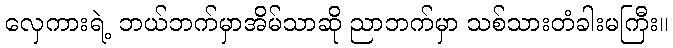
လှေကားရဲ့ ဘယ်ဘက်မှာအိမ်သာဆို ညာဘက်မှာ သစ်သားတံခါးမကြီး။